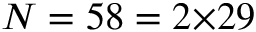
N = 5 8 = 2 { \times } 2 9